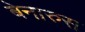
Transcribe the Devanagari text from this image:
बेनारुस